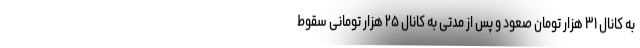
به کانال ۳۱ هزار تومان صعود و پس از مدتی به کانال ۲۵ هزار تومانی سقوط